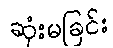
ဆုံးမခြင်း